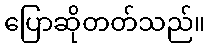
ပြောဆိုတတ်သည်။